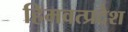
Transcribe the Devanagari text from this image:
हिमवत्प्रदेश